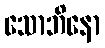
သောဘိနော